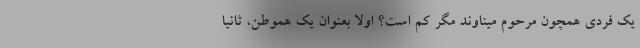
یک فردی همچون مرحوم میناوند مگر کم است؟ اولاً بعنوان یک هموطن، ثانیاً